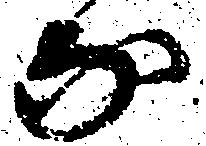
な